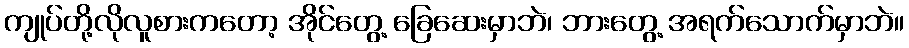
ကျုပ်တို့လိုလူစားကတော့ အိုင်တွေ့ ခြေဆေးမှာဘဲ၊ ဘားတွေ့ အရက်သောက်မှာဘဲ။